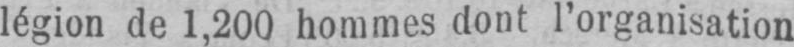
légion de 1,200 hommes dont l’organisation